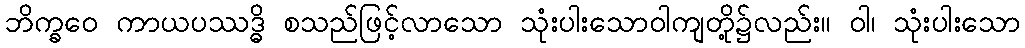
ဘိက္ခဝေ ကာယပဿဒ္ဓိ စသည်ဖြင့်လာသော သုံးပါးသောဝါကျတို့၌လည်း။ ဝါ၊ သုံးပါးသော